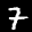
Label: 7